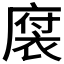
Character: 𪪠